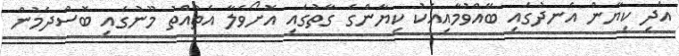
އަދި ކިޔާން އެނދުގައި ބޭއްވުމާއިއެކު ކިޔާންގެ ގާތުގައި އޮށޯވެލާ އެތުއްތު މޫނުގައި ބޮސްދެމުން